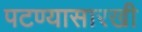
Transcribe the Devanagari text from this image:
पटण्यासारखी